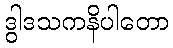
ဒွါဒသကနိပါတော